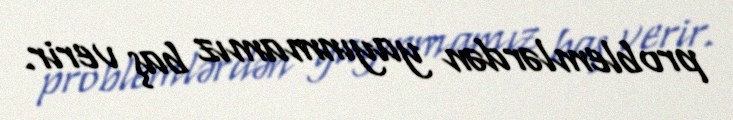
problemlərdən yayınmamız baş verir.